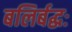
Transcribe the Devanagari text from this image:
बलिर्बद्धः